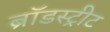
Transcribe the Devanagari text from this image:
ब्रॉडस्ट्रीट